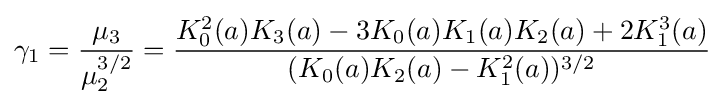
\gamma _{1}={\frac {\mu _{3}}{\mu _{2}^{3/2}}}={\frac {K_{0}^{2}(a)K_{3}(a)-3K_{0}(a)K_{1}(a)K_{2}(a)+2K_{1}^{3}(a)}{(K_{0}(a)K_{2}(a)-K_{1}^{2}(a))^{3/2}}}